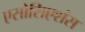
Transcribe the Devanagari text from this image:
एसोसिएशंस